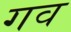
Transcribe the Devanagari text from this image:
गव